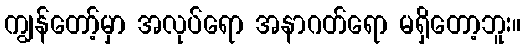
ကျွန်တော့်မှာ အလုပ်ရော အနာဂတ်ရော မရှိတော့ဘူး။